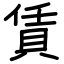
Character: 賃